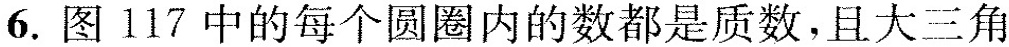
6.图117中的每个圆圈内的数都是质数，且大三角